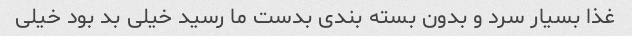
غذا بسیار سرد و بدون بسته بندی بدست ما رسید خیلی بد بود خیلی